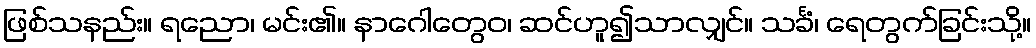
ဖြစ်သနည်း။ ရညော၊ မင်း၏။ နာဂေါတွေဝ၊ ဆင်ဟူ၍သာလျှင်။ သင်္ခံ၊ ရေတွက်ခြင်းသို့။